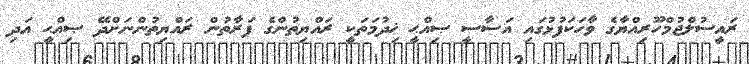
ރައީސުލްޖުމްހޫރިއްޔާގެ ވާހަކަފުޅުގައި އަސާސީ ޞިއްޙީ ޚިދުމަތަކީ ރައްޔިތުންގެ ފަރާތުން ރައްޔިތުންނަށްދޭ ޞިއްޙީ އަދި